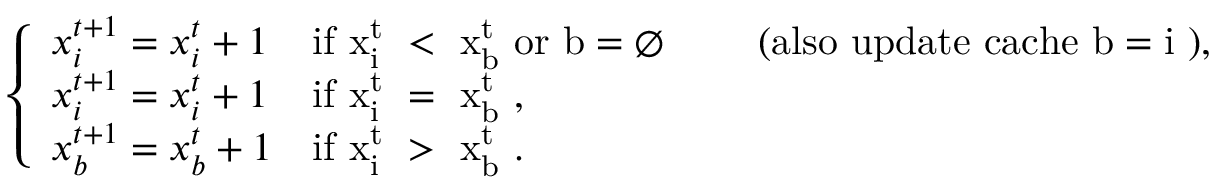
\left\{ \begin{array} { l l } { x _ { i } ^ { t + 1 } = x _ { i } ^ { t } + 1 } & { \mathrm { i f ~ x _ { i } ^ { t } ~ < ~ x _ { b } ^ { t } ~ o r ~ b = \emptyset ~ } \qquad \mathrm { ( a l s o ~ u p d a t e ~ c a c h e ~ b = i ~ ) } , } \\ { x _ { i } ^ { t + 1 } = x _ { i } ^ { t } + 1 } & { \mathrm { i f ~ x _ { i } ^ { t } ~ = ~ x _ { b } ^ { t } ~ } , } \\ { x _ { b } ^ { t + 1 } = x _ { b } ^ { t } + 1 } & { \mathrm { i f ~ x _ { i } ^ { t } ~ > ~ x _ { b } ^ { t } ~ } . } \end{array} \right.